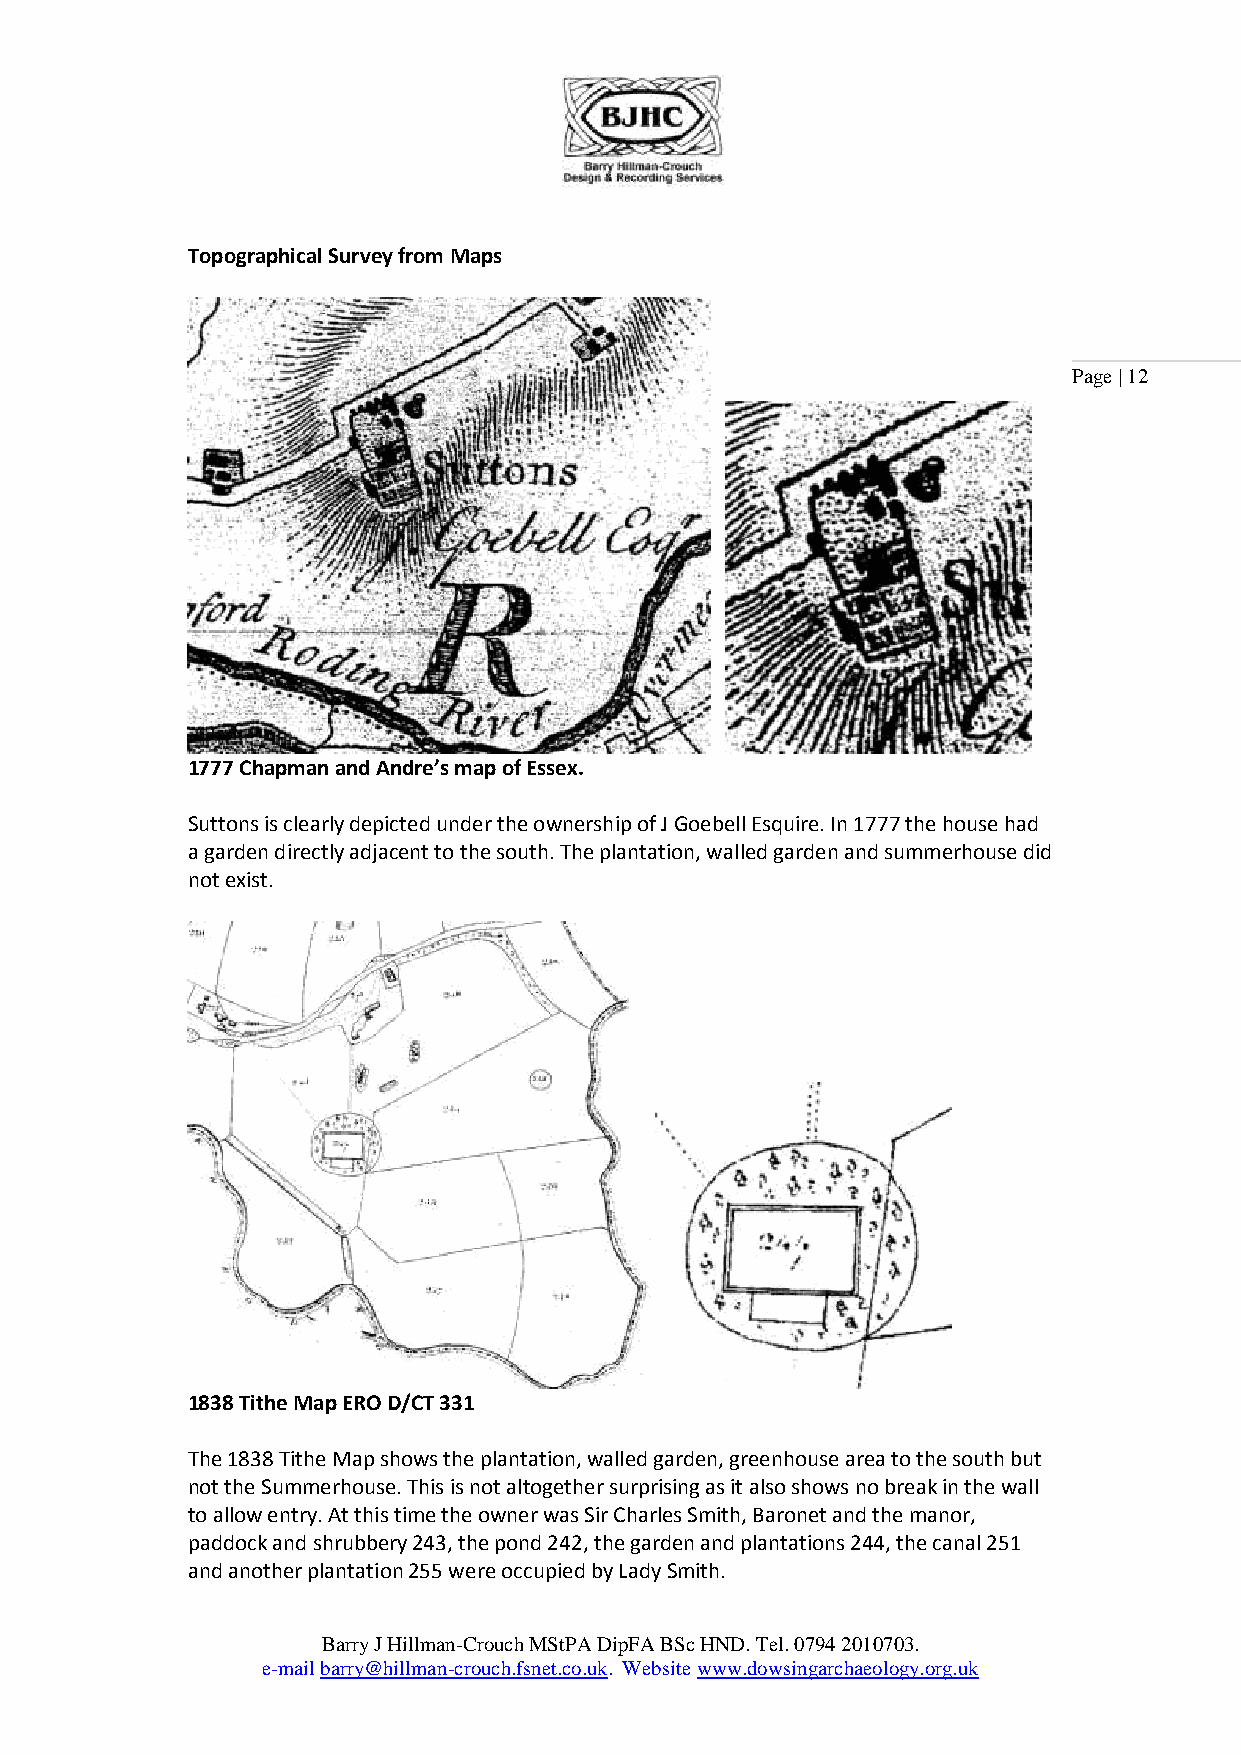
Topographical Survey from Maps
 Page | 12
 1777 Chapman and Andre’s map of Essex.
 Suttons is clearly depicted under the ownership of J Goebell Esquire. In 1777 the house had
 a garden directly adjacent to the south. The plantation, walled garden and summerhouse did
 not exist.
 1838 Tithe Map ERO D/CT 331
 The 1838 Tithe Map shows the plantation, walled garden, greenhouse area to the south but
 not the Summerhouse. This is not altogether surprising as it also shows no break in the wall
 to allow entry. At this time the owner was Sir Charles Smith, Baronet and the manor,
 paddock and shrubbery 243, the pond 242, the garden and plantations 244, the canal 251
 and another plantation 255 were occupied by Lady Smith.
 Barry J Hillman-Crouch MStPA DipFA BSc HND. Tel. 0794 2010703.
 e-mail barry@hillman-crouch.fsnet.co.uk. Website www.dowsingarchaeology.org.uk